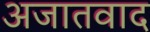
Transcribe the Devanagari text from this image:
अजातवाद